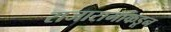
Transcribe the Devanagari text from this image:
राजारामांकडून